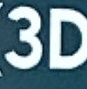
3D